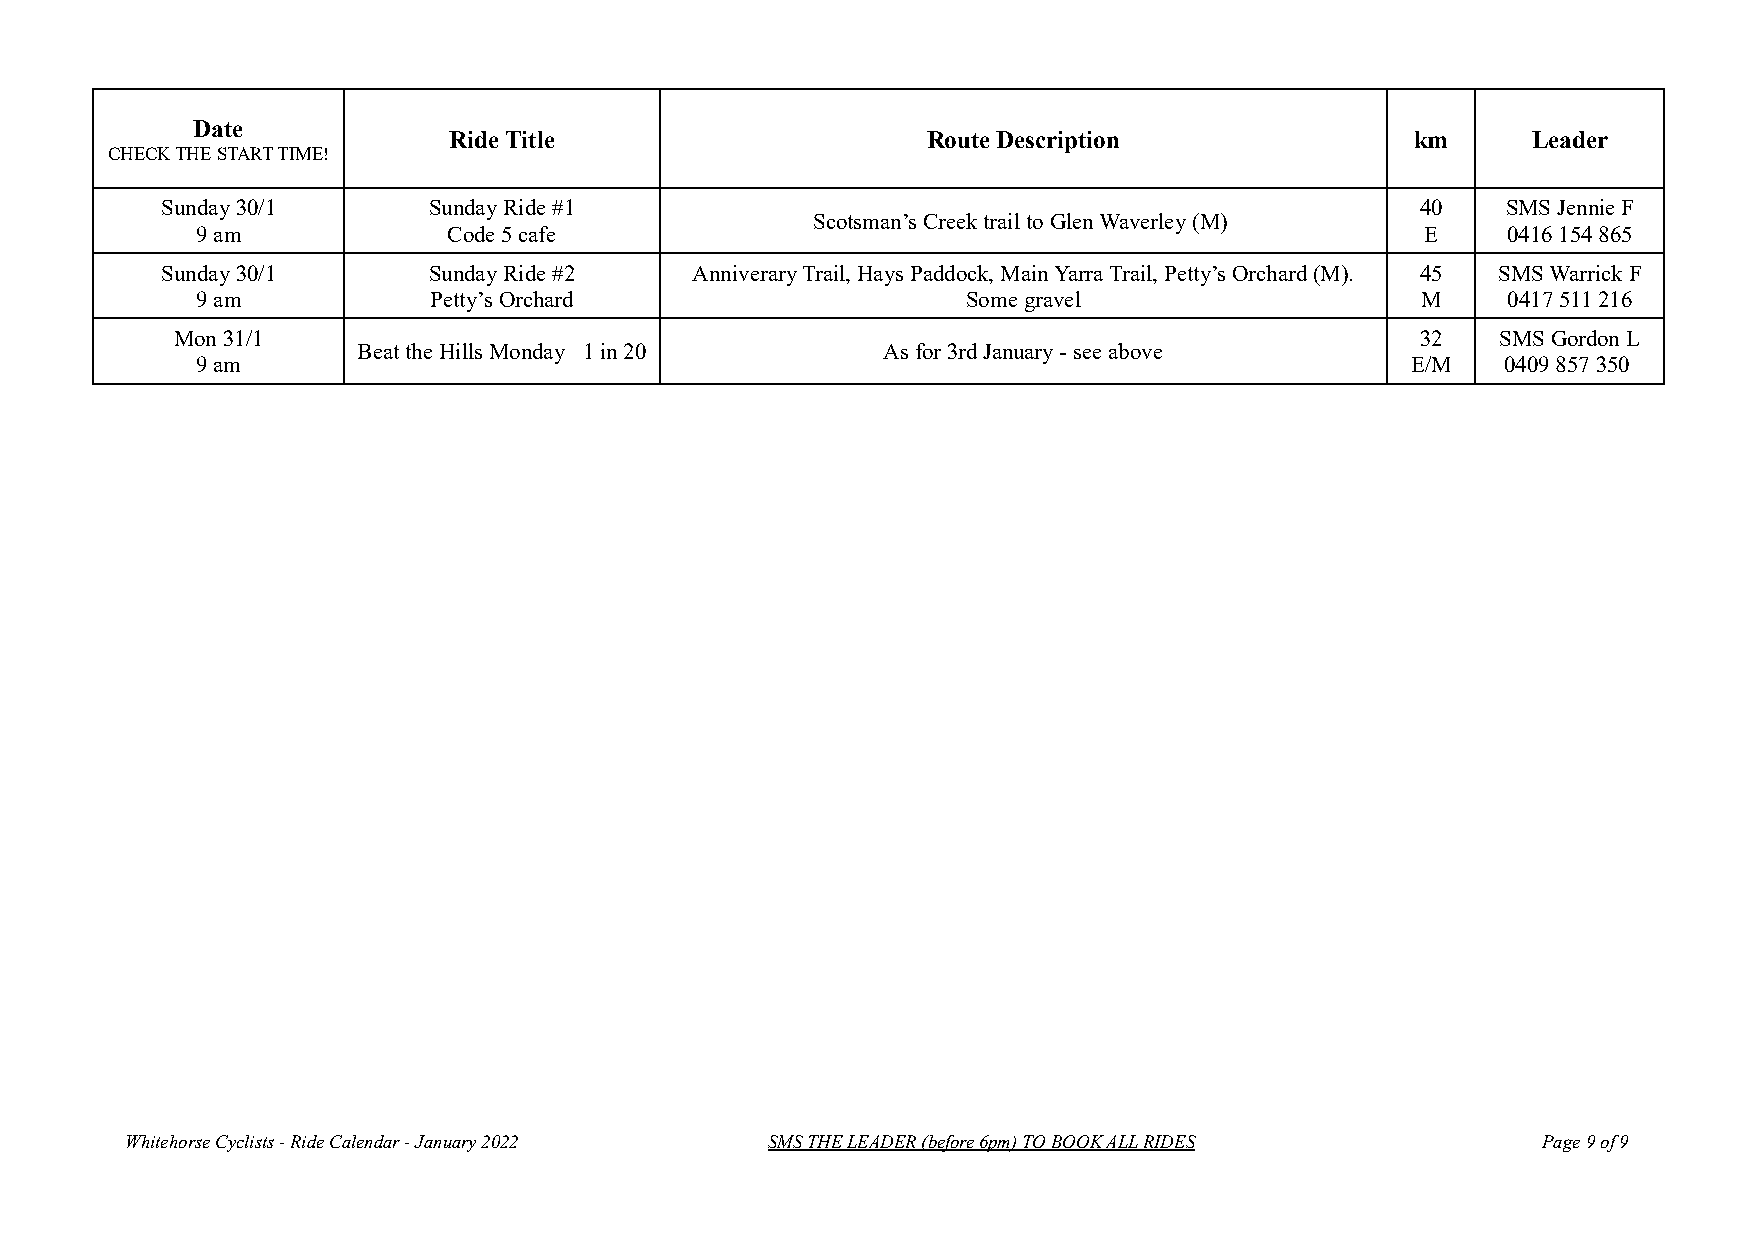
Date
 Ride Title                     Route Description                km     Leader
 CHECK THE START TIME!
 Sunday 30/1      Sunday Ride #1                                                    40    SMS Jennie F
 Scotsman’s Creek trail to Glen Waverley (M)
 9 am             Code 5 cafe                                                     E     0416 154 865
 Sunday 30/1      Sunday Ride #2    Anniverary Trail, Hays Paddock, Main Yarra Trail, Petty’s Orchard (M). 45 SMS Warrick F
 9 am           Petty’s Orchard                     Some gravel                   M     0417 511 216
 Mon 31/1                                                                           32   SMS Gordon L
 Beat the Hills Monday 1 in 20     As for 3rd January - see above
 9 am                                                                            E/M    0409 857 350
 Whitehorse Cyclists - Ride Calendar - January 2022 SMS THE LEADER (before 6pm) TO BOOK ALL RIDES Page 9 of 9